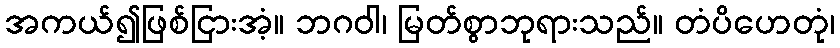
အကယ်၍ဖြစ်ငြားအံ့။ ဘဂဝါ၊ မြတ်စွာဘုရားသည်။ တံပိဟေတုံ၊